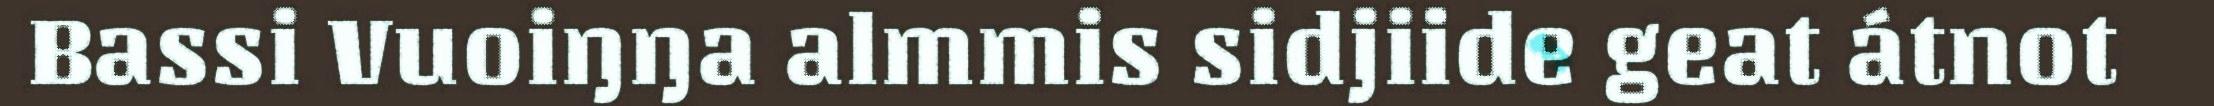
Bassi Vuoiŋŋa almmis sidjiide geat átnot